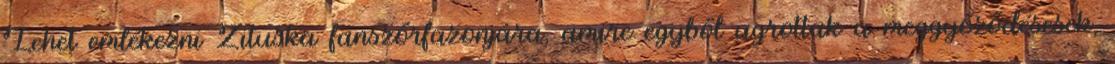
Lehet emlékezni Zituska fanszőrfazonjára, amire egyből ugrottak a meggyőződésesek,